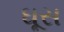
ઘૂસ